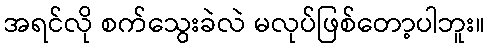
အရင်လို စက်သွေးခဲလဲ မလုပ်ဖြစ်တော့ပါဘူး။